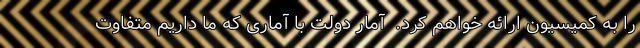
را به کمیسیون ارائه خواهم کرد.  آمار دولت با آماری که ما داریم متفاوت